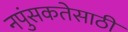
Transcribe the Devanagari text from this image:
नपुंसकतेसाठी